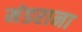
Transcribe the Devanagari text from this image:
मंडराना